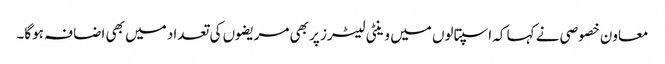
معاون خصوصی نے کہا کہ اسپتالوں میں وینٹی لیٹرز پر بھی مریضوں کی تعداد میں بھی اضافہ ہوگا۔